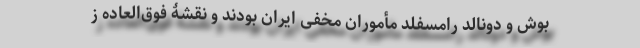
بوش و دونالد رامسفلد مأموران مخفی ایران بودند و نقشۀ فوق‌العاده ز